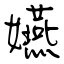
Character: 嬿